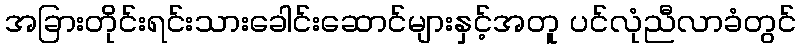
အခြားတိုင်းရင်းသားခေါင်းဆောင်များနှင့်အတူ ပင်လုံညီလာခံတွင်